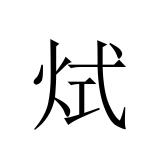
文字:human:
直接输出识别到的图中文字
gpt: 烒